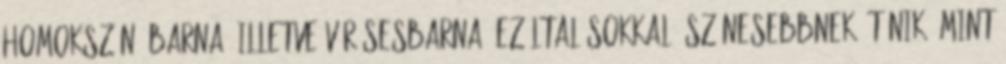
homokszínű barna, illetve vörösesbarna, ezáltal sokkal "színesebbnek" tűnik, mint